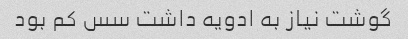
گوشت نیاز به ادویه داشت سس کم بود